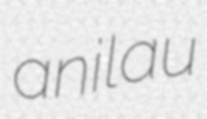
anilau